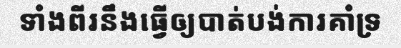
ទាំងពីរនឹងធ្វើឲ្យបាត់បង់ការគាំទ្រ